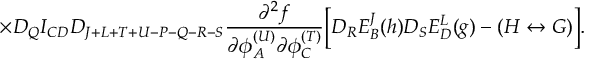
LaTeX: \times D _ { Q } I _ { C D } D _ { J + L + T + U - P - Q - R - S } { \frac { \partial ^ { 2 } f } { \partial \phi _ { A } ^ { ( U ) } \partial \phi _ { C } ^ { ( T ) } } } \biggl [ D _ { R } E _ { B } ^ { J } ( h ) D _ { S } E _ { D } ^ { L } ( g ) - ( H \leftrightarrow G ) \biggr ] .